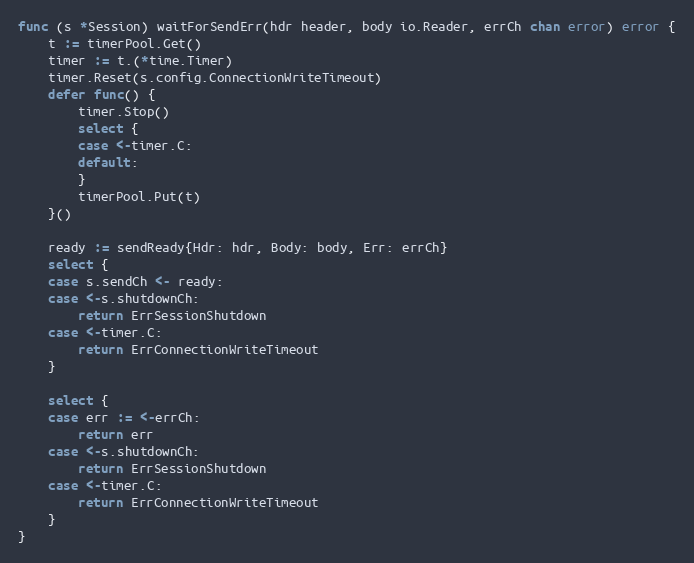
Language: Go
func (s *Session) waitForSendErr(hdr header, body io.Reader, errCh chan error) error {
	t := timerPool.Get()
	timer := t.(*time.Timer)
	timer.Reset(s.config.ConnectionWriteTimeout)
	defer func() {
		timer.Stop()
		select {
		case <-timer.C:
		default:
		}
		timerPool.Put(t)
	}()

	ready := sendReady{Hdr: hdr, Body: body, Err: errCh}
	select {
	case s.sendCh <- ready:
	case <-s.shutdownCh:
		return ErrSessionShutdown
	case <-timer.C:
		return ErrConnectionWriteTimeout
	}

	select {
	case err := <-errCh:
		return err
	case <-s.shutdownCh:
		return ErrSessionShutdown
	case <-timer.C:
		return ErrConnectionWriteTimeout
	}
}